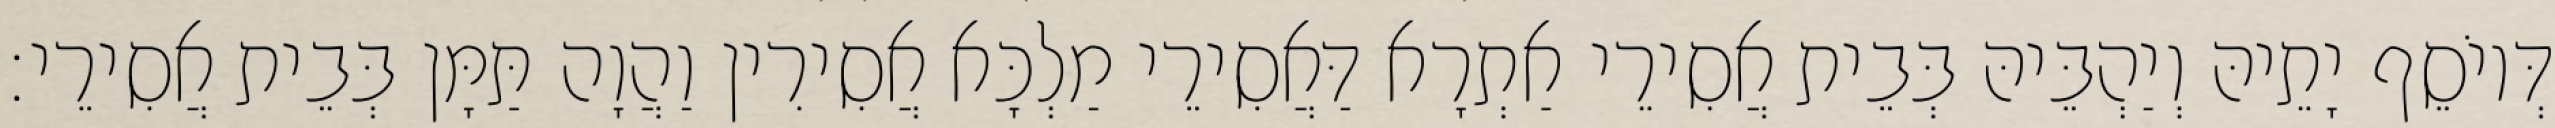
דְּיוֹסֵף יָתֵיהּ וְיַהְבֵּיהּ בְּבֵית אֲסִירֵי אַתְרָא דַּאֲסִירֵי מַלְכָּא אֲסִירִין וַהֲוָה תַּמָּן בְּבֵית אֲסִירֵי׃